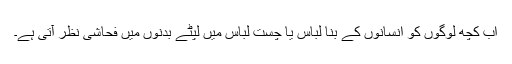
اب کچھ لوگوں کو انسانوں کے بنا لباس یا چست لباس میں لپٹے بدنوں میں فحاشی نظر آتی ہے۔